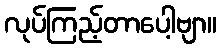
လုပ်ကြည့်တာပေါ့ဗျာ။